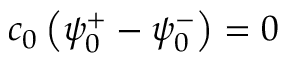
c _ { 0 } \left( \psi _ { 0 } ^ { + } - \psi _ { 0 } ^ { - } \right) = 0